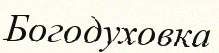
Богодуховка